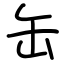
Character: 缶